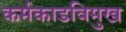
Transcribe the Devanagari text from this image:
कर्मकाडविमुख